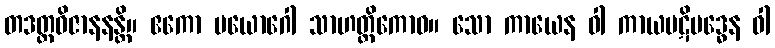
တဒတ္ထဝိဇာနနန္တိ။ ဧကော ပယောဂေါ သာဟတ္ထိကောဝ။ သော ကာယေန ဝါ ကာယပဋိဗဒ္ဓေန ဝါ